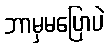
ဘာမှမပြောပဲ